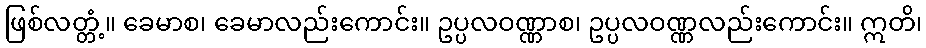
ဖြစ်လတ္တံ့။ ခေမာစ၊ ခေမာလည်းကောင်း။ ဥပ္ပလဝဏ္ဏာစ၊ ဥပ္ပလဝဏ္ဏလည်းကောင်း။ ဣတိ၊